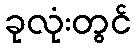
ခုလုံးတွင်